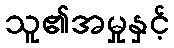
သူ၏အမှုနှင့်